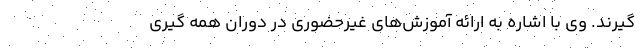
گیرند. وی با اشاره به ارائه آموزش‌های غیرحضوری در دوران همه گیری